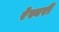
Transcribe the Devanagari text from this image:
रेस्बरी